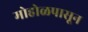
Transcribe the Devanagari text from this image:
मोहोळपासून